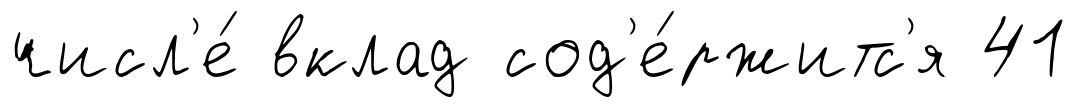
числ'е́ вклад сод'е́ржитс'я 41